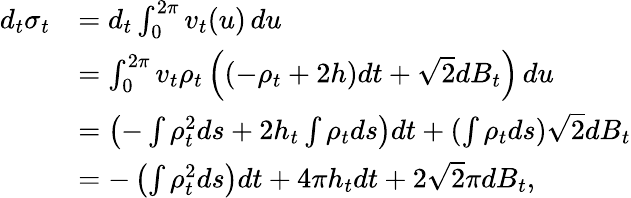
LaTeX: \begin{array}{rl}{d_{t}\sigma_{t}}&{=d_{t}\int_{0}^{2\pi}v_{t}(u)\, du}\\ &{=\int_{0}^{2\pi}v_{t}\rho_{t}\left((-\rho_{t}+2h)dt+\sqrt{2}dB_{t}\right)\, du}\\ &{=\left(-\int\rho_{t}^{2}ds+2h_{t}\int\rho_{t}ds\right)dt+(\int\rho_{t}ds)\sqrt{2}dB_{t}}\\ &{=-\left(\int\rho_{t}^{2}ds\right)dt+4\pi h_{t}dt+2\sqrt{2}\pi dB_{t},}\end{array}